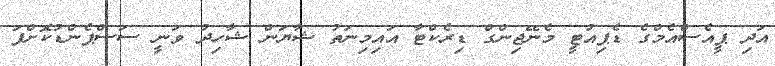
އަދި ޕީއެސްއެމްގެ ޑެޕިއުޓީ މެނޭޖިންގް ޑިރެކްޓާ އައިމިނަތު ޝާޔަން ޝާހިދު ވަނީ ސަސްޕެންޑުކޮށްފަ